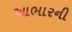
આભારની